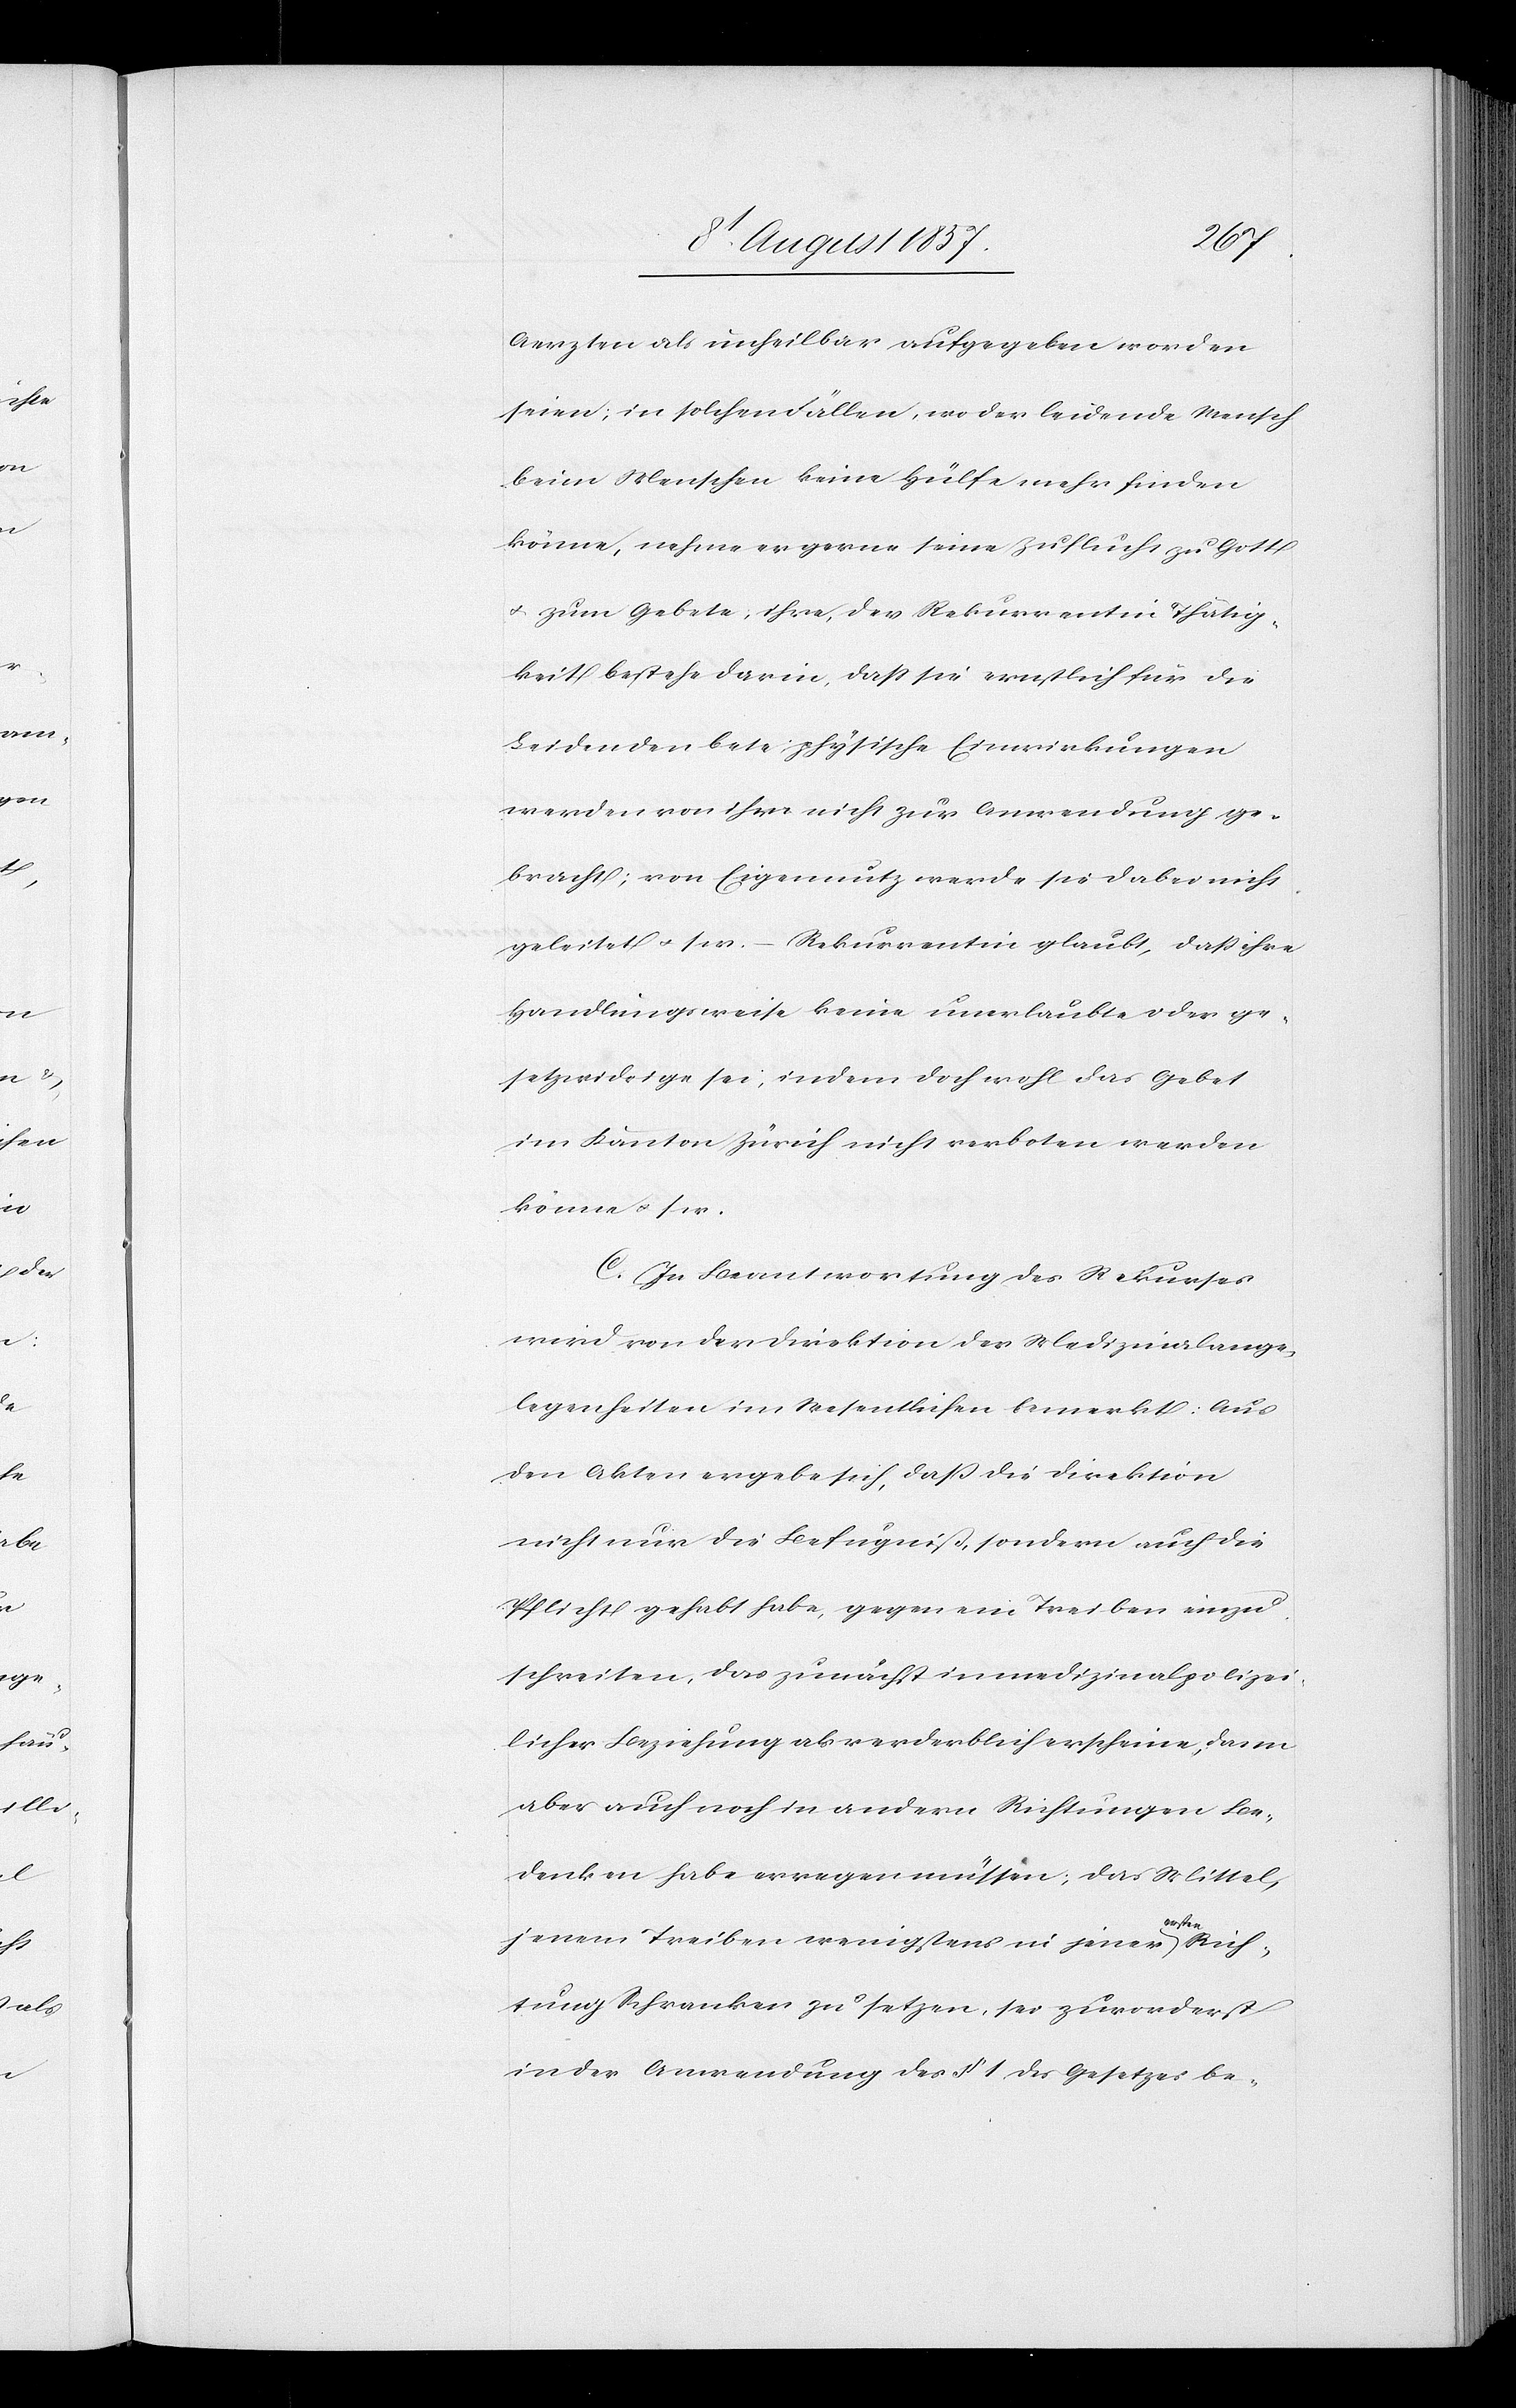
Aerzten als unheilbar aufgegeben worden
seien, in solchen Fällen, wo der leidende Mensch
beim Menschen keine Hülfe mehr finden
könne, nehme er gerne seine Zuflucht zu Gott
& zum Gebete, ihre, der Rekurrentin Thätig¬
keit bestehe darin, daß sie ernstlich, für die
Leidenden bete, physische Einwirkungen
werden von ihre [sic!] nicht zur Anwendung ge¬
bracht; von Eigennutz werde sie dabei nicht
geleitet &. s. w. – Rekurrentin glaubt, daß ihre
Handlungsweise keine unerlaubte oder ge¬
setzwidrige sei, indem doch wohl das Gebet
im Kanton Zürich nicht verboten werden
könne &. s.
C. In Beantwortung des Rekurses
wird von der Direktion der Medizinalange¬
legenheiten im Wesentlichen bemerkt: Aus
den Akten ergebe sich, daß die Direktion
nicht nur die Befugniß, sondern auch die
Pflicht gehabt habe, gegen ein Treiben einzu¬
schreiten, das zunächst in medizinalpolizei¬
licher Beziehung als verderblich erscheine, dann
aber auch noch in andern Richtungen Be¬
denken habe erregen müssen, das Mittel,
jenem Treiben wenigstens in jenes ersten Rich¬
tung Schranken zu setzen, sei zuvorderst
in der Anwendung des § 1 des Gesetzes be-